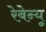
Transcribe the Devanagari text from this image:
रेबेन्यू